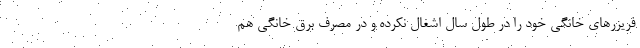
فریزرهای خانگی خود را در طول سال اشغال نکرده و در مصرف برق خانگی هم